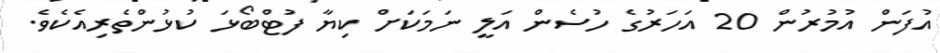
އުފަން އުމުރުން 20 އަހަރުގެ ހުސެެން އަލީ ނަމަކަށް ކިޔާ ފުޓްބޯޅަ ކުޅުންތެރިއެކެވެ.